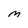
Character: m